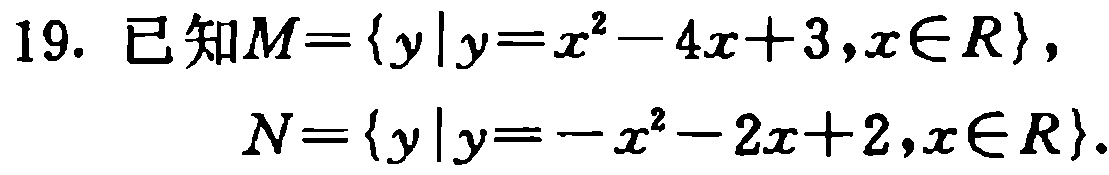
19. 已知$M = \{ y|y = x^{2}-4x + 3,x\in R\}$，

$N=\{ y|y=-x^{2}-2x + 2,x\in R\}$.